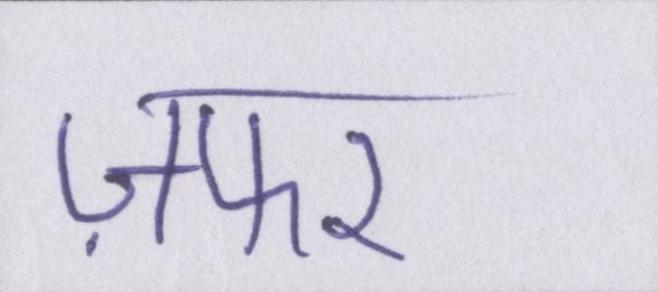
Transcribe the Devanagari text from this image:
ज़फर